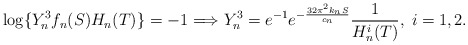
\begin{align*}\log\{Y_n^3 f_n(S) H_n(T)\}=-1 \Longrightarrow Y_n^3 =e^{-1}e^{-\frac{32\pi^2 k_n S}{c_n}}\frac{1}{H_n^i(T)},\;i = 1,2.\end{align*}